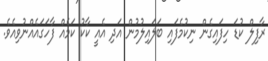
ރާފިލް ކުޑަ ހިފައިގެން ނިކުމެފައި ބަލައިލުމުން އަދި އެއީ ކާކު ކަމެއް ފާހަގައެއްނުވިއެވެ.